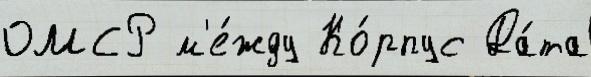
ОМСР м'е́жду Ко́рпус Да́та